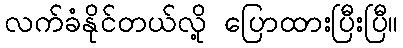
လက်ခံနိုင်တယ်လို့ ပြောထားပြီးပြီ။